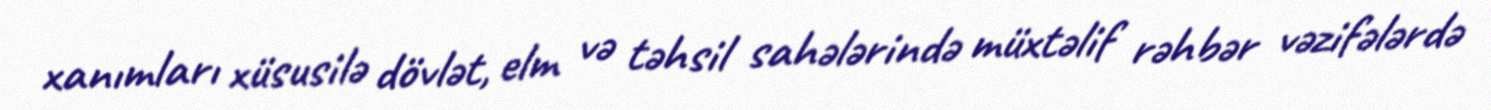
xanımları xüsusilə dövlət, elm və təhsil sahələrində müxtəlif rəhbər vəzifələrdə